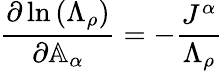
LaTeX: \frac{\partial\ln{\left(\Lambda_{\rho}\right)}}{\partial\mathbb{A}_{\alpha}}=-\frac{J^{\alpha}}{\Lambda_{\rho}}